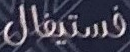
فستيفال